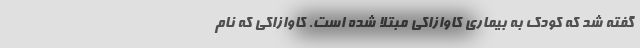
گفته شد که کودک به بیماری کاوازاکی مبتلا شده است. کاوازاکی که نام